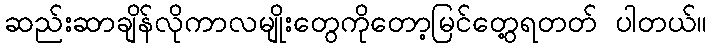
ဆည်းဆာချိန်လိုကာလမျိုးတွေကိုတော့မြင်တွေ့ရတတ် ပါတယ်။